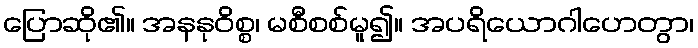
ပြောဆို၏။ အနနုဝိစ္စ၊ မစီစစ်မူ၍။ အပရိယောဂါဟေတွာ၊